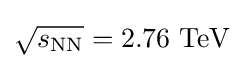
{\sqrt {s_{\mathrm {NN} }}}=2.76\ {\mbox{TeV}}